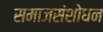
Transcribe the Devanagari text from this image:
समाजसंशोधन